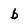
Character: b